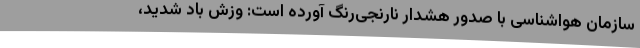
سازمان هواشناسی با صدور هشدار نارنجی‌رنگ آورده است: وزش باد شدید،